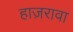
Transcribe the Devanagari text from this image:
हाज़रावा